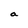
Character: a